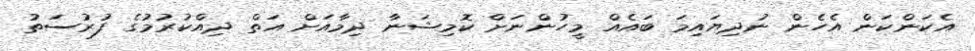
އެކަންކަން އެހެން ނުދިޔައިމަ ބައެއް މީހުންނަށް ކޮމިޝަނާ ދިމާއަށް އަތް ދިއްކުރުމުގެ ފުރުސަތު